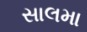
સાલમા